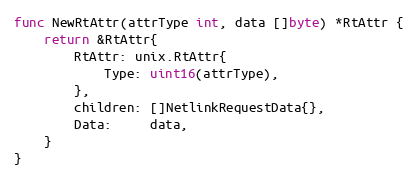
Language: Go
func NewRtAttr(attrType int, data []byte) *RtAttr {
	return &RtAttr{
		RtAttr: unix.RtAttr{
			Type: uint16(attrType),
		},
		children: []NetlinkRequestData{},
		Data:     data,
	}
}